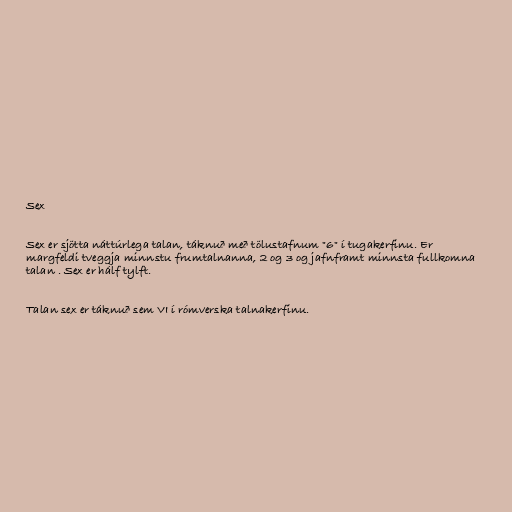
Sex

Sex er sjötta náttúrlega talan, táknuð með tölustafnum "6" í tugakerfinu. Er
margfeldi tveggja minnstu frumtalnanna, 2 og 3 og jafnframt minnsta fullkomna
talan . Sex er hálf tylft.

Talan sex er táknuð sem VI í rómverska talnakerfinu.